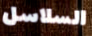
السلاسل